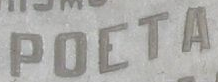
POETA